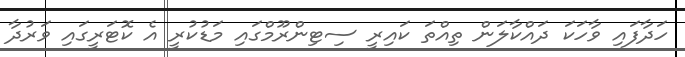
ހަދާފައި ވާހަކަ ދައްކާލަން ތިއްތަ ކައިރީ ސިޓިންރޫމްގައި މަޑުކުރީ އެ ކޮޓަރީގައި ވަރުދާ